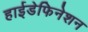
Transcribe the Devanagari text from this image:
हाईडेफिनेशन